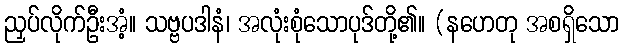
ညှပ်လိုက်ဦးအံ့။ သဗ္ဗပဒါနံ၊ အလုံးစုံသောပုဒ်တို့၏။ (နဟေတု အစရှိသော